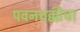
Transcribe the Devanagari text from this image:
पवनचक्कीचा